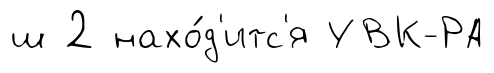
ш 2 нахо́д'итс'я УВК-РА